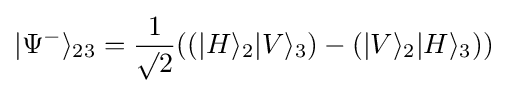
|\Psi ^{-}\rangle _{23}={\frac {1}{\surd 2}}((|H\rangle _{2}|V\rangle _{3})-(|V\rangle _{2}|H\rangle _{3}))